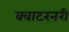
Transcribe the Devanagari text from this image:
क्वाटरनरी